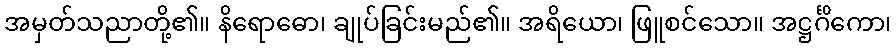
အမှတ်သညာတို့၏။ နိရောဓော၊ ချုပ်ခြင်းမည်၏။ အရိယော၊ ဖြူစင်သော။ အဋ္ဌင်္ဂိကော၊